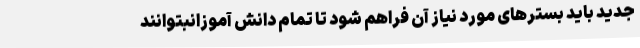
جدید باید بسترهای مورد نیاز آن فراهم شود تا تمام دانش آموزانبتوانند